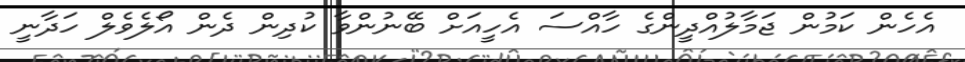
އެހެން ކަމުން ޖަމާލުއްދީންގެ ހާއްސަ އެހީއަށް ބޭނުންވާ ކުދިން ދެން އޯލެވެލް ހަދާނީ